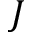
J